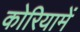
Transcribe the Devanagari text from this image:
कोरियामें